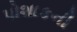
પોશાકની